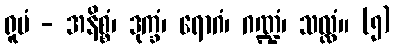
ရူပံ - အနိစ္စံ၊ ဒုက္ခံ၊ ရောဂံ၊ ဂဏ္ဍံ၊ သလ္လံ။ (၅)